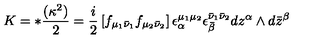
K = * { \frac { ( \kappa ^ { 2 } ) } { 2 } } = { \frac { i } { 2 } } \left[ f _ { \mu _ { 1 } \bar { \nu } _ { 1 } } f _ { \mu _ { 2 } \bar { \nu } _ { 2 } } \right] \epsilon _ { \alpha } ^ { \mu _ { 1 } \mu _ { 2 } } \epsilon _ { \bar { \beta } } ^ { \bar { \nu } _ { 1 } \bar { \nu } _ { 2 } } d z ^ { \alpha } \wedge d \bar { z } ^ { \beta }